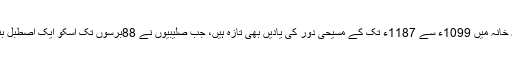
اس تہہ خانہ میں 1099ء سے 1187ء تک کے مسیحی دور کی یادیں بھی تازہ ہیں، جب صلیبیوں نے 88برسوں تک اسکو ایک اصطبل بنایا تھا۔